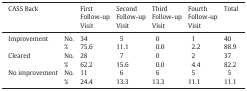
<table><thead><tr><td colspan="2"><b>CASS Back</b></td><td><b>First Follow-up Visit</b></td><td><b>Second Follow-up Visit</b></td><td><b>Third Follow-up Visit</b></td><td><b>Fourth Follow-up Visit</b></td><td><b>Total</b></td></tr></thead><tbody><tr><td rowspan="2">Improvement</td><td>No.</td><td>34</td><td>5</td><td>0</td><td>1</td><td>40</td></tr><tr><td>%</td><td>75.6</td><td>11.1</td><td>0.0</td><td>2.2</td><td>88.9</td></tr><tr><td rowspan="2">Cleared</td><td>No.</td><td>28</td><td>7</td><td>0</td><td>2</td><td>37</td></tr><tr><td>%</td><td>62.2</td><td>15.6</td><td>0.0</td><td>4.4</td><td>82.2</td></tr><tr><td rowspan="2">No improvement</td><td>No.</td><td>11</td><td>6</td><td>6</td><td>5</td><td>5</td></tr><tr><td>%</td><td>24.4</td><td>13.3</td><td>13.3</td><td>11.1</td><td>11.1</td></tr></tbody></table>